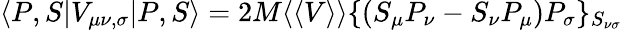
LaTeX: \langle P,S|V_{\mu\nu,\sigma}|P,S\rangle=2M\langle\langle V\rangle\rangle\{ (S_{\mu}P_{\nu}-S_{\nu}P_{\mu})P_{\sigma}\} _{S_{\nu\sigma}}